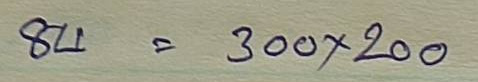
84 = 300 x 200